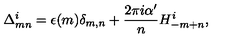
\Delta _ { m n } ^ { i } = \epsilon ( m ) \delta _ { m , n } + \frac { 2 \pi i \alpha ^ { \prime } } { n } H _ { - m + n } ^ { i } ,